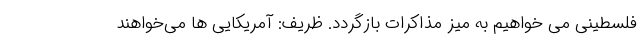
فلسطینی می خواهیم به میز مذاکرات بازگردد. ظریف: آمریکایی ها می‌خواهند